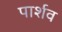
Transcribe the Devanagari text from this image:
पार्शव